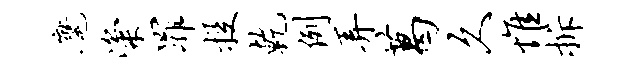
麾粢罪投乾例弄葛久惟拆